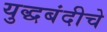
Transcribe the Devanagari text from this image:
युद्धबंदीचे